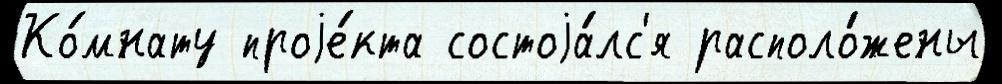
Ко́мнату проjе́кта состоjа́лс'я располо́жены